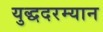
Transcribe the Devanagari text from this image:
युद्धदरम्यान